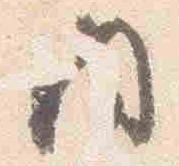
内